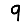
Digit: 9